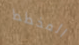
المخطط